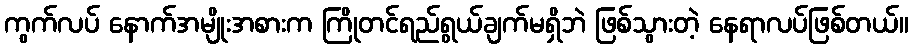
ကွက်လပ် နောက်အမျိုးအစားက ကြိုတင်ရည်ရွယ်ချက်မရှိဘဲ ဖြစ်သွားတဲ့ နေရာလပ်ဖြစ်တယ်။